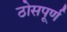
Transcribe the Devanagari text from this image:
ठोसपूर्ण